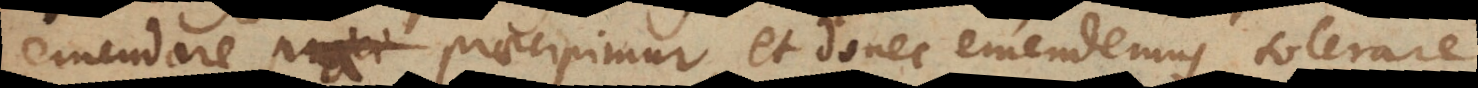
emendare praecipimur, et donec emendemus, tolerare